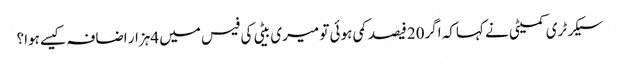
سیکرٹری کمیٹی نے کہاکہ اگر20فیصد کمی ہوئی تو میری بیٹی کی فیس میں 4ہزار اضافہ کیسے ہوا؟